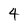
Character: 4